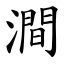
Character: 澗